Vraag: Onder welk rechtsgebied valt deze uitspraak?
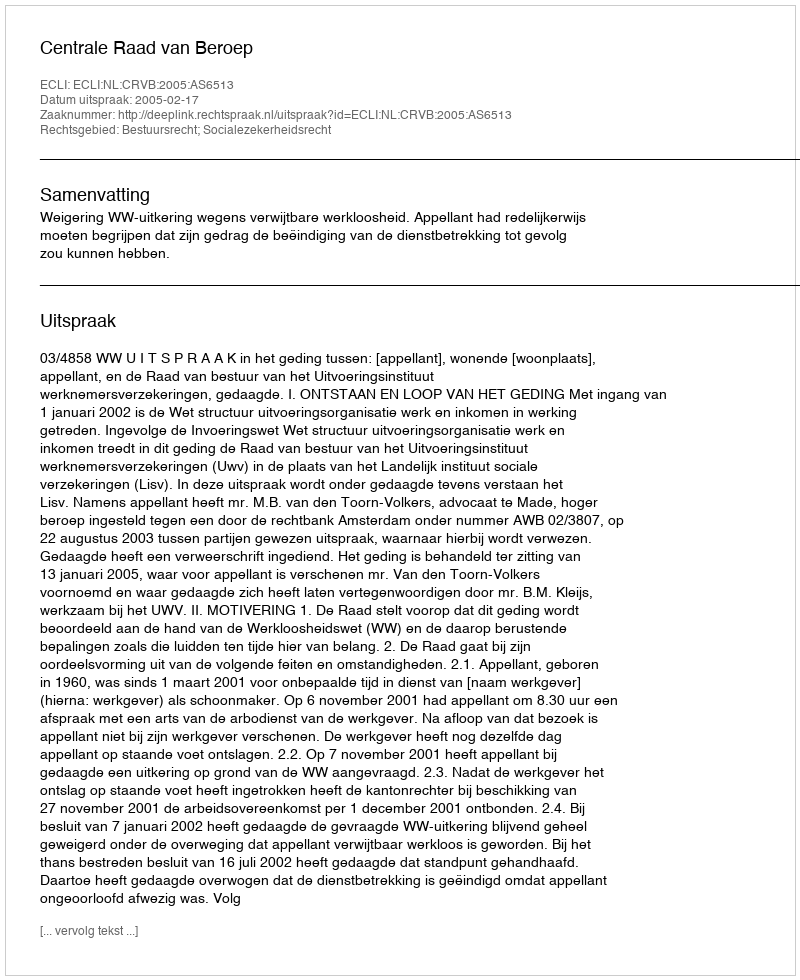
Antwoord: Bestuursrecht; Socialezekerheidsrecht